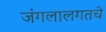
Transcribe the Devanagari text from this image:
जंगलालगतचे